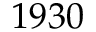
1 9 3 0